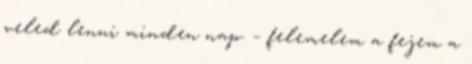
veled lenni minden nap. – felemelem a fejem a